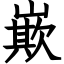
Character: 㠌